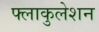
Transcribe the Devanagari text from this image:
फ्लाकुलेशन